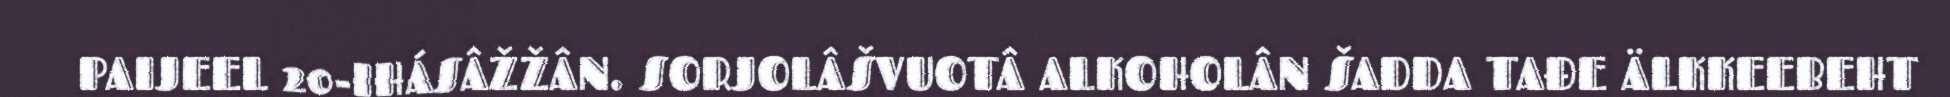
PAIJEEL 20-IHÁSÂŽŽÂN. SORJOLÂŠVUOTÂ ALKOHOLÂN ŠADDA TAĐE ÄLKKEEBEHT